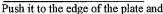
Push it to the edge of the plate and